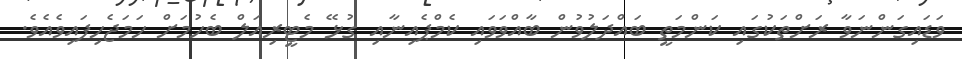
ވަޑައިގަންނަވާ ރަށްތަކުގައި ކަންމަތީ ބައްދަލުވުން ބާއްވަވައި ކެމްޕެއިނާއި ގުޅޭ މެޓީރިއަލް ބެހުމަށް ހަމަޖެހިފައިވެއެވެ.